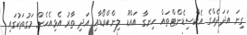
ގިނަ އަދަދެއްގެ އެކްސިޑެންޓްތައް ހިނގާ އައްޑޫ ލިންކްރޯޑާއި އަދި ތާރު އެޅިއެހެން މަގުތަކުގައި